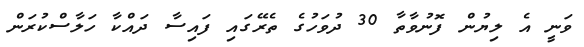
ވަނީ އެ ލިޔުން ފޮނުވާތާ 30 ދުވަހުގެ ތެރޭގައި ފައިސާ ދައްކާ ހަލާސްކުރަން